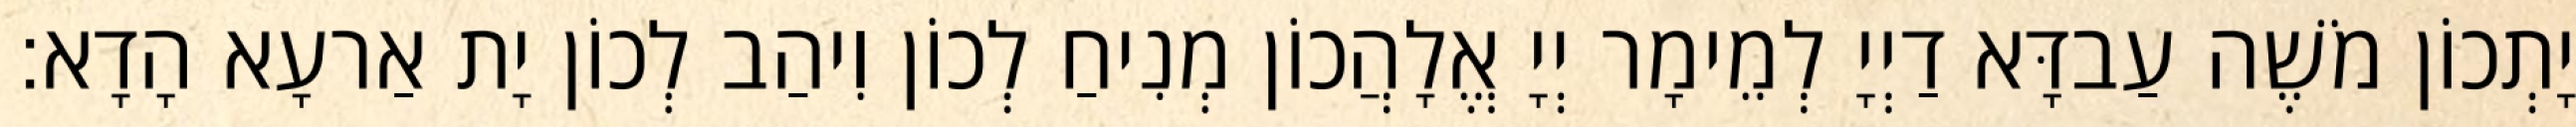
יָתְכוֹן מֹשֶׁה עַבדָּא דַיְיָ לְמֵימָר יְיָ אֱלָהֲכוֹן מְנִיחַ לְכוֹן וִיהַב לְכוֹן יָת אַרעָא הָדָא׃